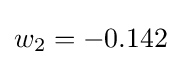
w_{2}=-0.142